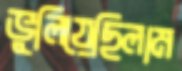
ভুলিয়েছিলাম